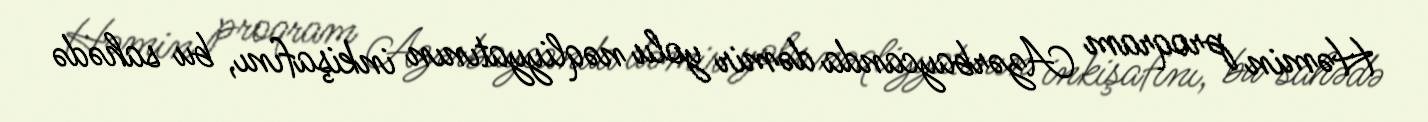
Həmin proqram Azərbaycanda dəmir yolu nəqliyyatının inkişafını, bu sahədə